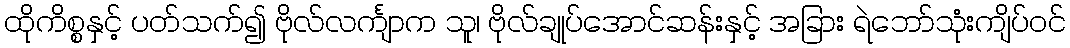
ထိုကိစ္စနှင့် ပတ်သက်၍ ဗိုလ်လင်္ကျာက သူ၊ ဗိုလ်ချုပ်အောင်ဆန်းနှင့် အခြား ရဲဘော်သုံးကျိပ်ဝင်